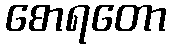
စောရတော